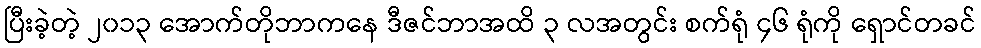
ပြီးခဲ့တဲ့ ၂၀၁၃ အောက်တိုဘာကနေ ဒီဇင်ဘာအထိ ၃ လအတွင်း စက်ရုံ ၄၆ ရုံကို ရှောင်တခင်